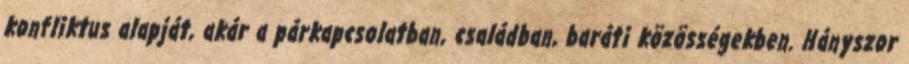
konfliktus alapját, akár a párkapcsolatban, családban, baráti közösségekben. Hányszor